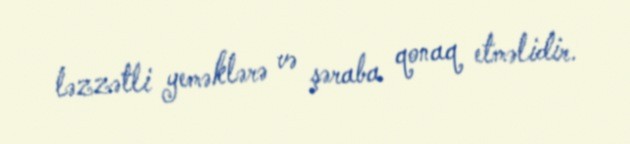
ləzzətli yeməklərə və şəraba qonaq etməlidir.